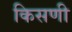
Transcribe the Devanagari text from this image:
किसणी